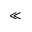
\ll